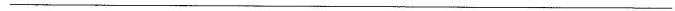
___